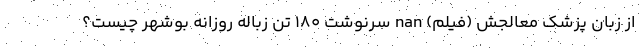
از زبان پزشک معالجش (فیلم) nan سرنوشت ۱۸۰ تُن زباله روزانه بوشهر چیست؟